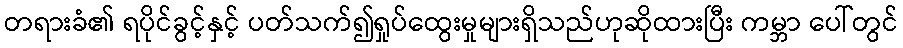
တရားခံ၏ ရပိုင်ခွင့်နှင့် ပတ်သက်၍ရှုပ်ထွေးမှုများရှိသည်ဟုဆိုထားပြီး ကမ္ဘာ ပေါ်တွင်